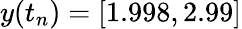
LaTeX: y(t_{n})=[1.998,2.99]